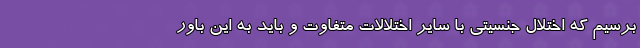
برسیم که اختلال جنسیتی با سایر اختلالات متفاوت و باید به این باور